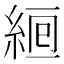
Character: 𦀞